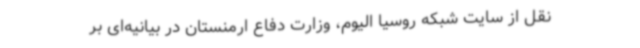
نقل از سایت شبکه روسیا الیوم، وزارت دفاع ارمنستان در بیانیه‌ای بر